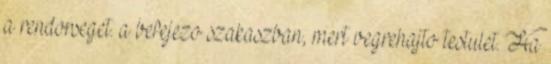
a rendorseget. a befejezo szakaszban, mert vegrehajto testulet. Ha